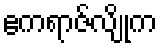
ဧကရာဇ်လျိုက